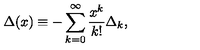
\Delta ( x ) \equiv - \sum _ { k = 0 } ^ { \infty } { \frac { x ^ { k } } { k ! } } \Delta _ { k } ,